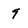
Character: 9